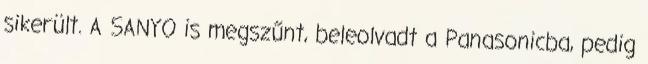
sikerült. A SANYO is megszűnt, beleolvadt a Panasonicba, pedig